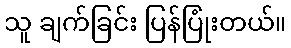
သူ ချက်ခြင်း ပြန်ပြုံးတယ်။